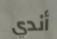
أندي